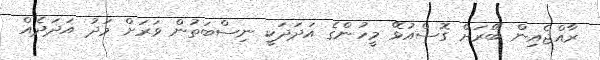
ރާއްޖެއިން ބޭރަށް ގޮސްއުޅޭ މީހުންގެ އަދަދަކީ ނިސްބަތުން ވަރަށް މަދު އަދަދެއް